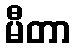
မီတာ